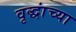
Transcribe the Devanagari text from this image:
वृद्धांच्या